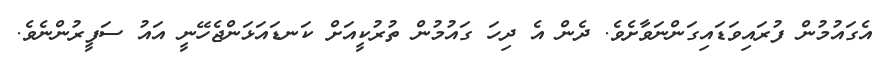
އެގައުމުން ފުރައިވަޑައިގަންނަވާށެވެ. ދެން އެ ދިހަ ގައުމުން ތުރުކީއަށް ކަނޑައަޅަންޖެހޭނީ އައު ސަފީރުންނެވެ.